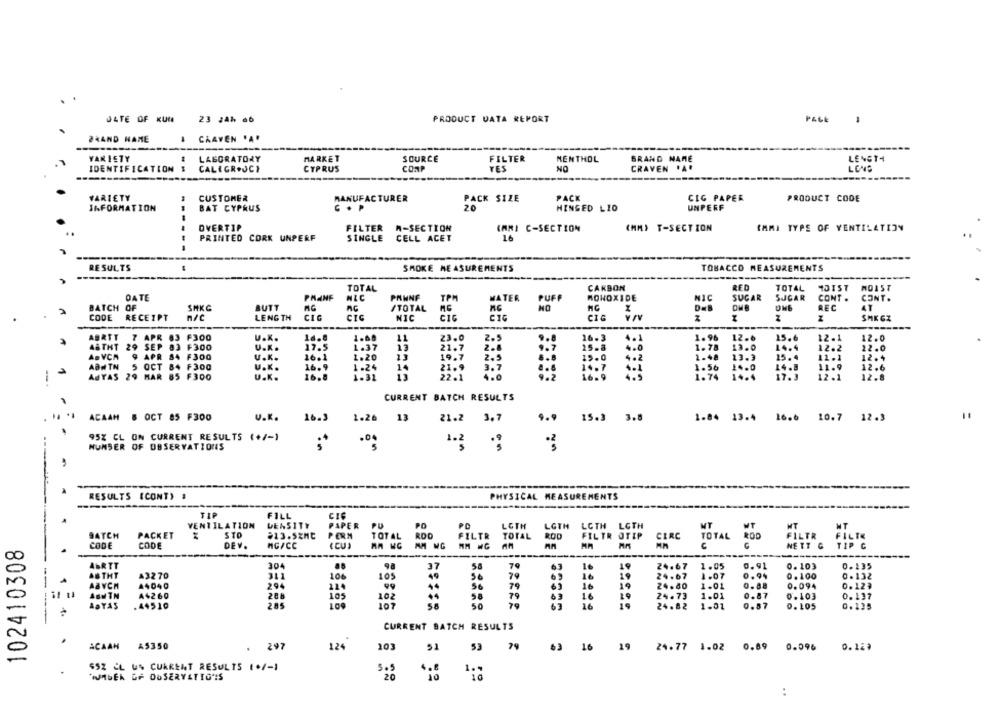
JATE OF KUM
23 24h 6b
PRODUCT DATA REPORT
PALE
2*AND NAME
# CRAVEN .A.
VARIETY
LABORATORY
MARKET
SOURCE
LENGT4
FILTER
MENTHOL
BRAND NAME
IDENTIFICATION $
CALIGROUCI
CYPRUS
CON
YES
NO
CRAVEN *A*
VARIETY
CUSTOMER
MANUFACTURER
PACK SIZE
PACK
CIG PAPER
PRODUCT CODE
INFORMATION
BAT CYPRUS
20
HINGED LIO
UNPERF
OVERTIP
FILTER W-SECTION
KAMI C-SECTION
(MM) T-SECTION
SAMI TYPE OF VENTILATION
---.
PRINTED CORK UNPERF
SINGLE CELL ACET
16
RESULTS
SMOKE MEASUREMENTS
TOBACCO MEASUREMENTS
CARBON
RED
TOTAL
TOTAL
1DIST
MOIST
DATE
PHANE
NIC
PANNE
TPM
MATER
PUFF
MONOXIDE
NIC
SUGAR
SUGAR
CONT .
CONT.
BATCH OF
SHKG
BUTT
/TOTAL
MC
NO
REC
41
CODE
RECEIPT
n/C
LENGTH
CIC
NIC
CIG
CIG
SMK CZ
7 APR 83 F300
16.8
2.5
16-3
4.1
12.6
25.6
12.1
ABRTT
U.K.
11
23.0
1.96
12.0
ASTHT
29 SEP 03 +300
U.K.
17.5
1.37
13
21.7
9.7
25.8
4.0
1.78
13.0
14.4
12.2
22.0
ABVCA
9 APR 84 F300
u.K.
16.1
1.20
19.7
2.5
15.0
4.2
1.48
13.3
15.4
11.1
12.4
ABN TN
14
3.7
11.9
5 OCT 84 F300
U.K.
16.9
1-24
21.9
4.6
1.56
14.0
14.8
12.6
AUTAS 29 MAR 85 F300
U.K.
16.8
1.31
11
22
4.0
16.9
1.74
14.4
17.3
12.1
12.8
CURRENT BATCH RESULTS
ACAAH & OCT 85 F300
U.K.
16.3
1.26
13
21.2 3.7
9.9 15.3 3.8
1.84 13.4 16.6 10.7 12.3
95% CL ON CURRENT RESULTS (+/-1
.00
NUNSER OF OBSERVATIONS
RESULTS (CONT) #
PHYSICAL MEASUREMENTS
---
TIP
FILL
CIC
VENTILATION
DENSITY
PAPER
PU
PO
PD
LOTH
LGTH
LGTH
LOTH
BATCH
PACKET
STO
213.5ZMC
PERM
TOTAL ROD
FILTR
TOTAL
ROD
WT
102410308
CODE
CODE
MG/CC
(CUI
FILTR STEP CIRC
TOTAL ROD
C
DEV.
NETT G
TIP G
---
6T
----
ABRTT
304
37
79
63
24.67
1.05
0.91
0.103
0.235
AUTHT
A3270
311
108
105
49
50
79
19
24.67
1.07
0.132
A4040
294
224
99
44
79
63
16
19
24.40
1.01
0.123
A$260
288
105
102
44
58
79
16
24.73
1.01
0.137
ABYAS
.44510
2.85
107
50
79
16
19
24.82
1.01
0.105
0.135
CURRENT BATCH RESULTS
ACAAN A5350
.
297
124
103
51
53
79
63
19
24.77 1.02
0.89 0.096
0.123
$52 CL US CURRENT RESULTS (+/-1
1.4
IJASEK GF OUSERVETTO'IS
3. 5